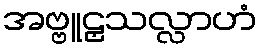
အဗ္ဗူဠှသလ္လာဟံ